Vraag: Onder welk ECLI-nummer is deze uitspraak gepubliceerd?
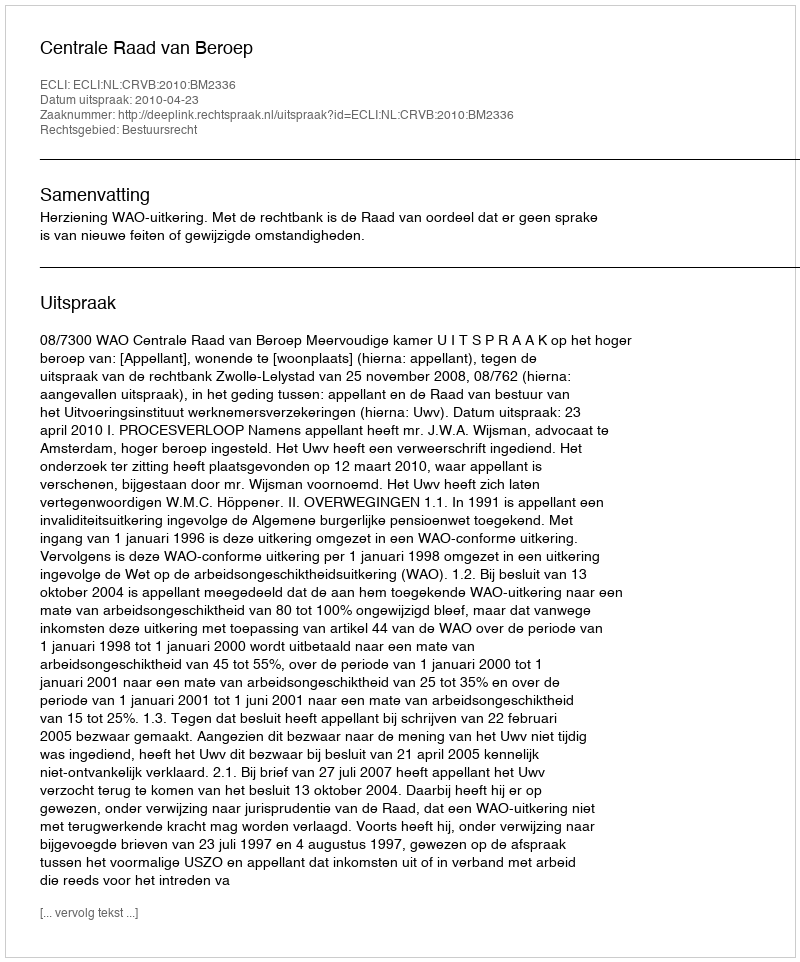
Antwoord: ECLI:NL:CRVB:2010:BM2336